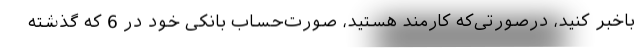
باخبر کنید، درصورتی‌که کارمند هستید، صورت‌حساب بانکی خود در 6 که گذشته